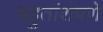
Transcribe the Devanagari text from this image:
बहुतांशपणे